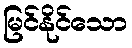
မြင်နိုင်သော